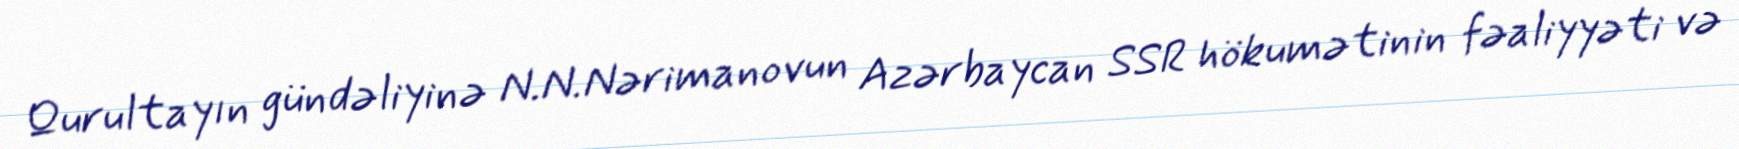
Qurultayın gündəliyinə N.N.Nərimanovun Azərbaycan SSR hökumətinin fəaliyyəti və